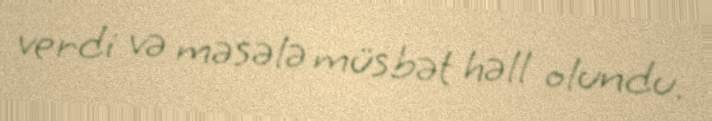
verdi və məsələ müsbət həll olundu.